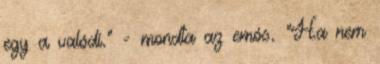
egy a valódi." - mondta az emós. "Ha nem